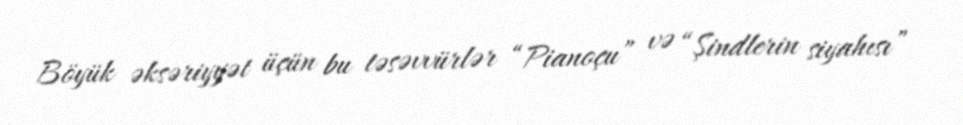
Böyük əksəriyyət üçün bu təsəvvürlər “Pianoçu” və “Şindlerin siyahısı”